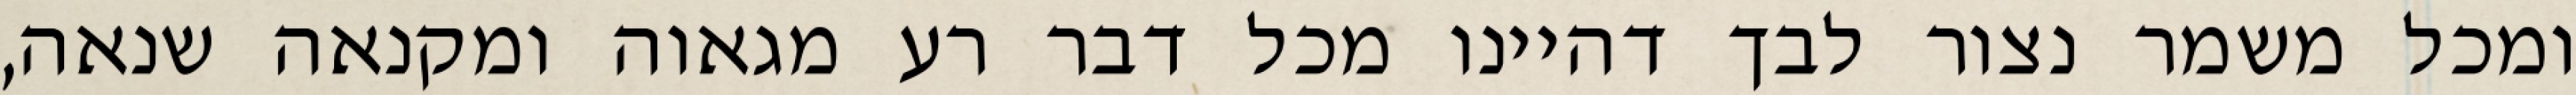
ומכל משמר נצור לבך דהיינו מכל דבר רע מגאוה ומקנאה שנאה,